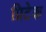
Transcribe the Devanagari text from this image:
प्रिटेक